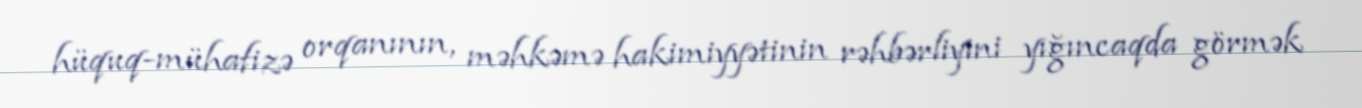
hüquq-mühafizə orqanının, məhkəmə hakimiyyətinin rəhbərliyini yığıncaqda görmək